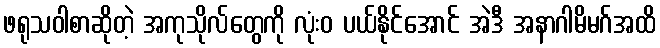
ဖရုသဝါစာဆိုတဲ့ အကုသိုလ်တွေကို လုံးဝ ပယ်နိုင်အောင် အဲဒီ အနာဂါမိမဂ်အထိ